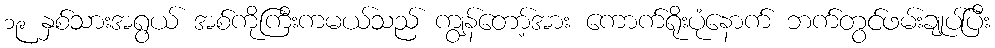
၁၉ နှစ်သားအရွယ် အစ်ကိုကြီးကမယ်သည် ကျွန်တော့်အား ကောက်ရိုးပုံနောက် ဘက်တွင်ဖမ်းချုပ်ပြီး